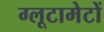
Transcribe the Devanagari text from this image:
ग्लूटामेटों